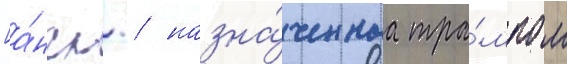
[а́нгл. / назна́ченнаа тра́мпом